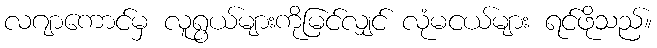
လဂျာကောင်မှ လူရွယ်များကိုမြင်လျှင် လုံမငယ်များ ရင်ဖိုသည်။